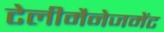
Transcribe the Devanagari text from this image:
टेलीमैनेजमेंट